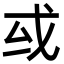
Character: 㦯